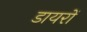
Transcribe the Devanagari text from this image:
डायरों